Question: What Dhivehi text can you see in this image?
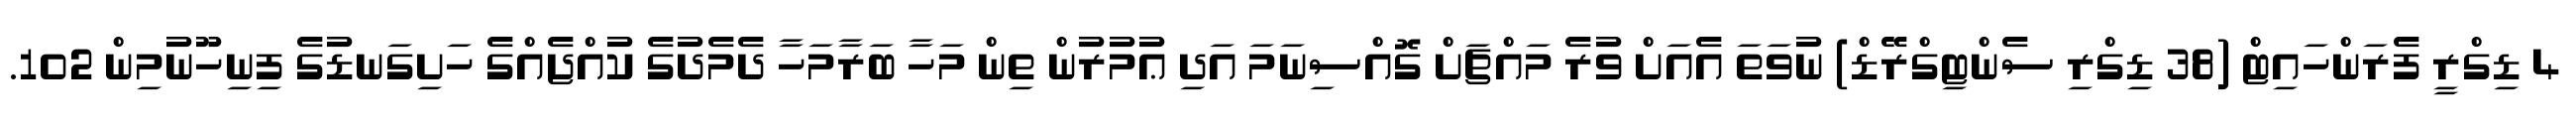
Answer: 4 ޑިގްރީ ފެރަންހައިޓް (38 ޑިގްރި ސެންޓިގްރޭޑް) ނުވަތަ އެއަށް ވުރެ މައްޗަށް ގޮއްސިނަމަ އަދި ޢުމުރުން ތިން މަހާ ބަރާމަހާ ދެމެދުގެ ކުއްޖެއްގެ ހަށިގަނޑުގެ ފިނިހޫނުމިން 102.